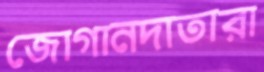
জোগানদাতারা